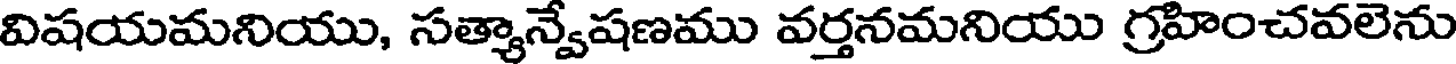
విషయమనియు, సత్యాన్వేషణము వర్తనమనియు గ్రహించవలెను